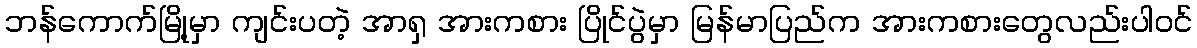
ဘန်ကောက်မြို့မှာ ကျင်းပတဲ့ အာရှ အားကစား ပြိုင်ပွဲမှာ မြန်မာပြည်က အားကစားတွေလည်းပါဝင်